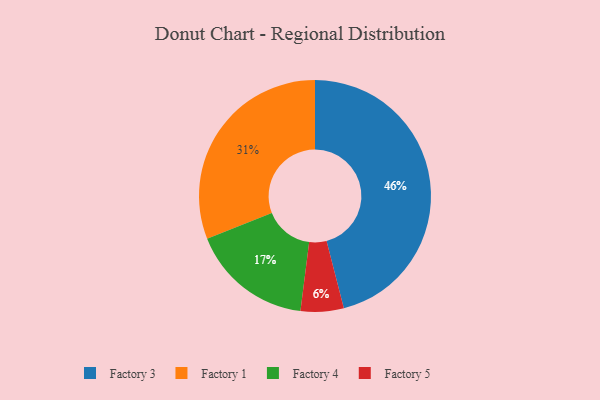
{"axis": {"x": "Category", "y": "Percentage"}, "legend": ["Factory 1", "Factory 3", "Factory 4", "Factory 5"], "data": [{"x": "Factory 1", "y": 31, "type": "Factory 1"}, {"x": "Factory 3", "y": 46, "type": "Factory 3"}, {"x": "Factory 4", "y": 17, "type": "Factory 4"}, {"x": "Factory 5", "y": 6, "type": "Factory 5"}]}